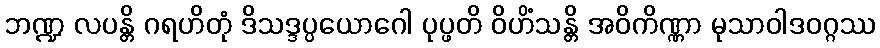
ဘဏ္ဍ လပန္တိ ဂရဟိတုံ ဒိသဒ္ဒပ္ပယောဂေါ ပုပ္ဖတိ ဝိဟိံသန္တိ အဝိကိဏ္ဏာ မုသာဝါဒဝဂ္ဂဿ